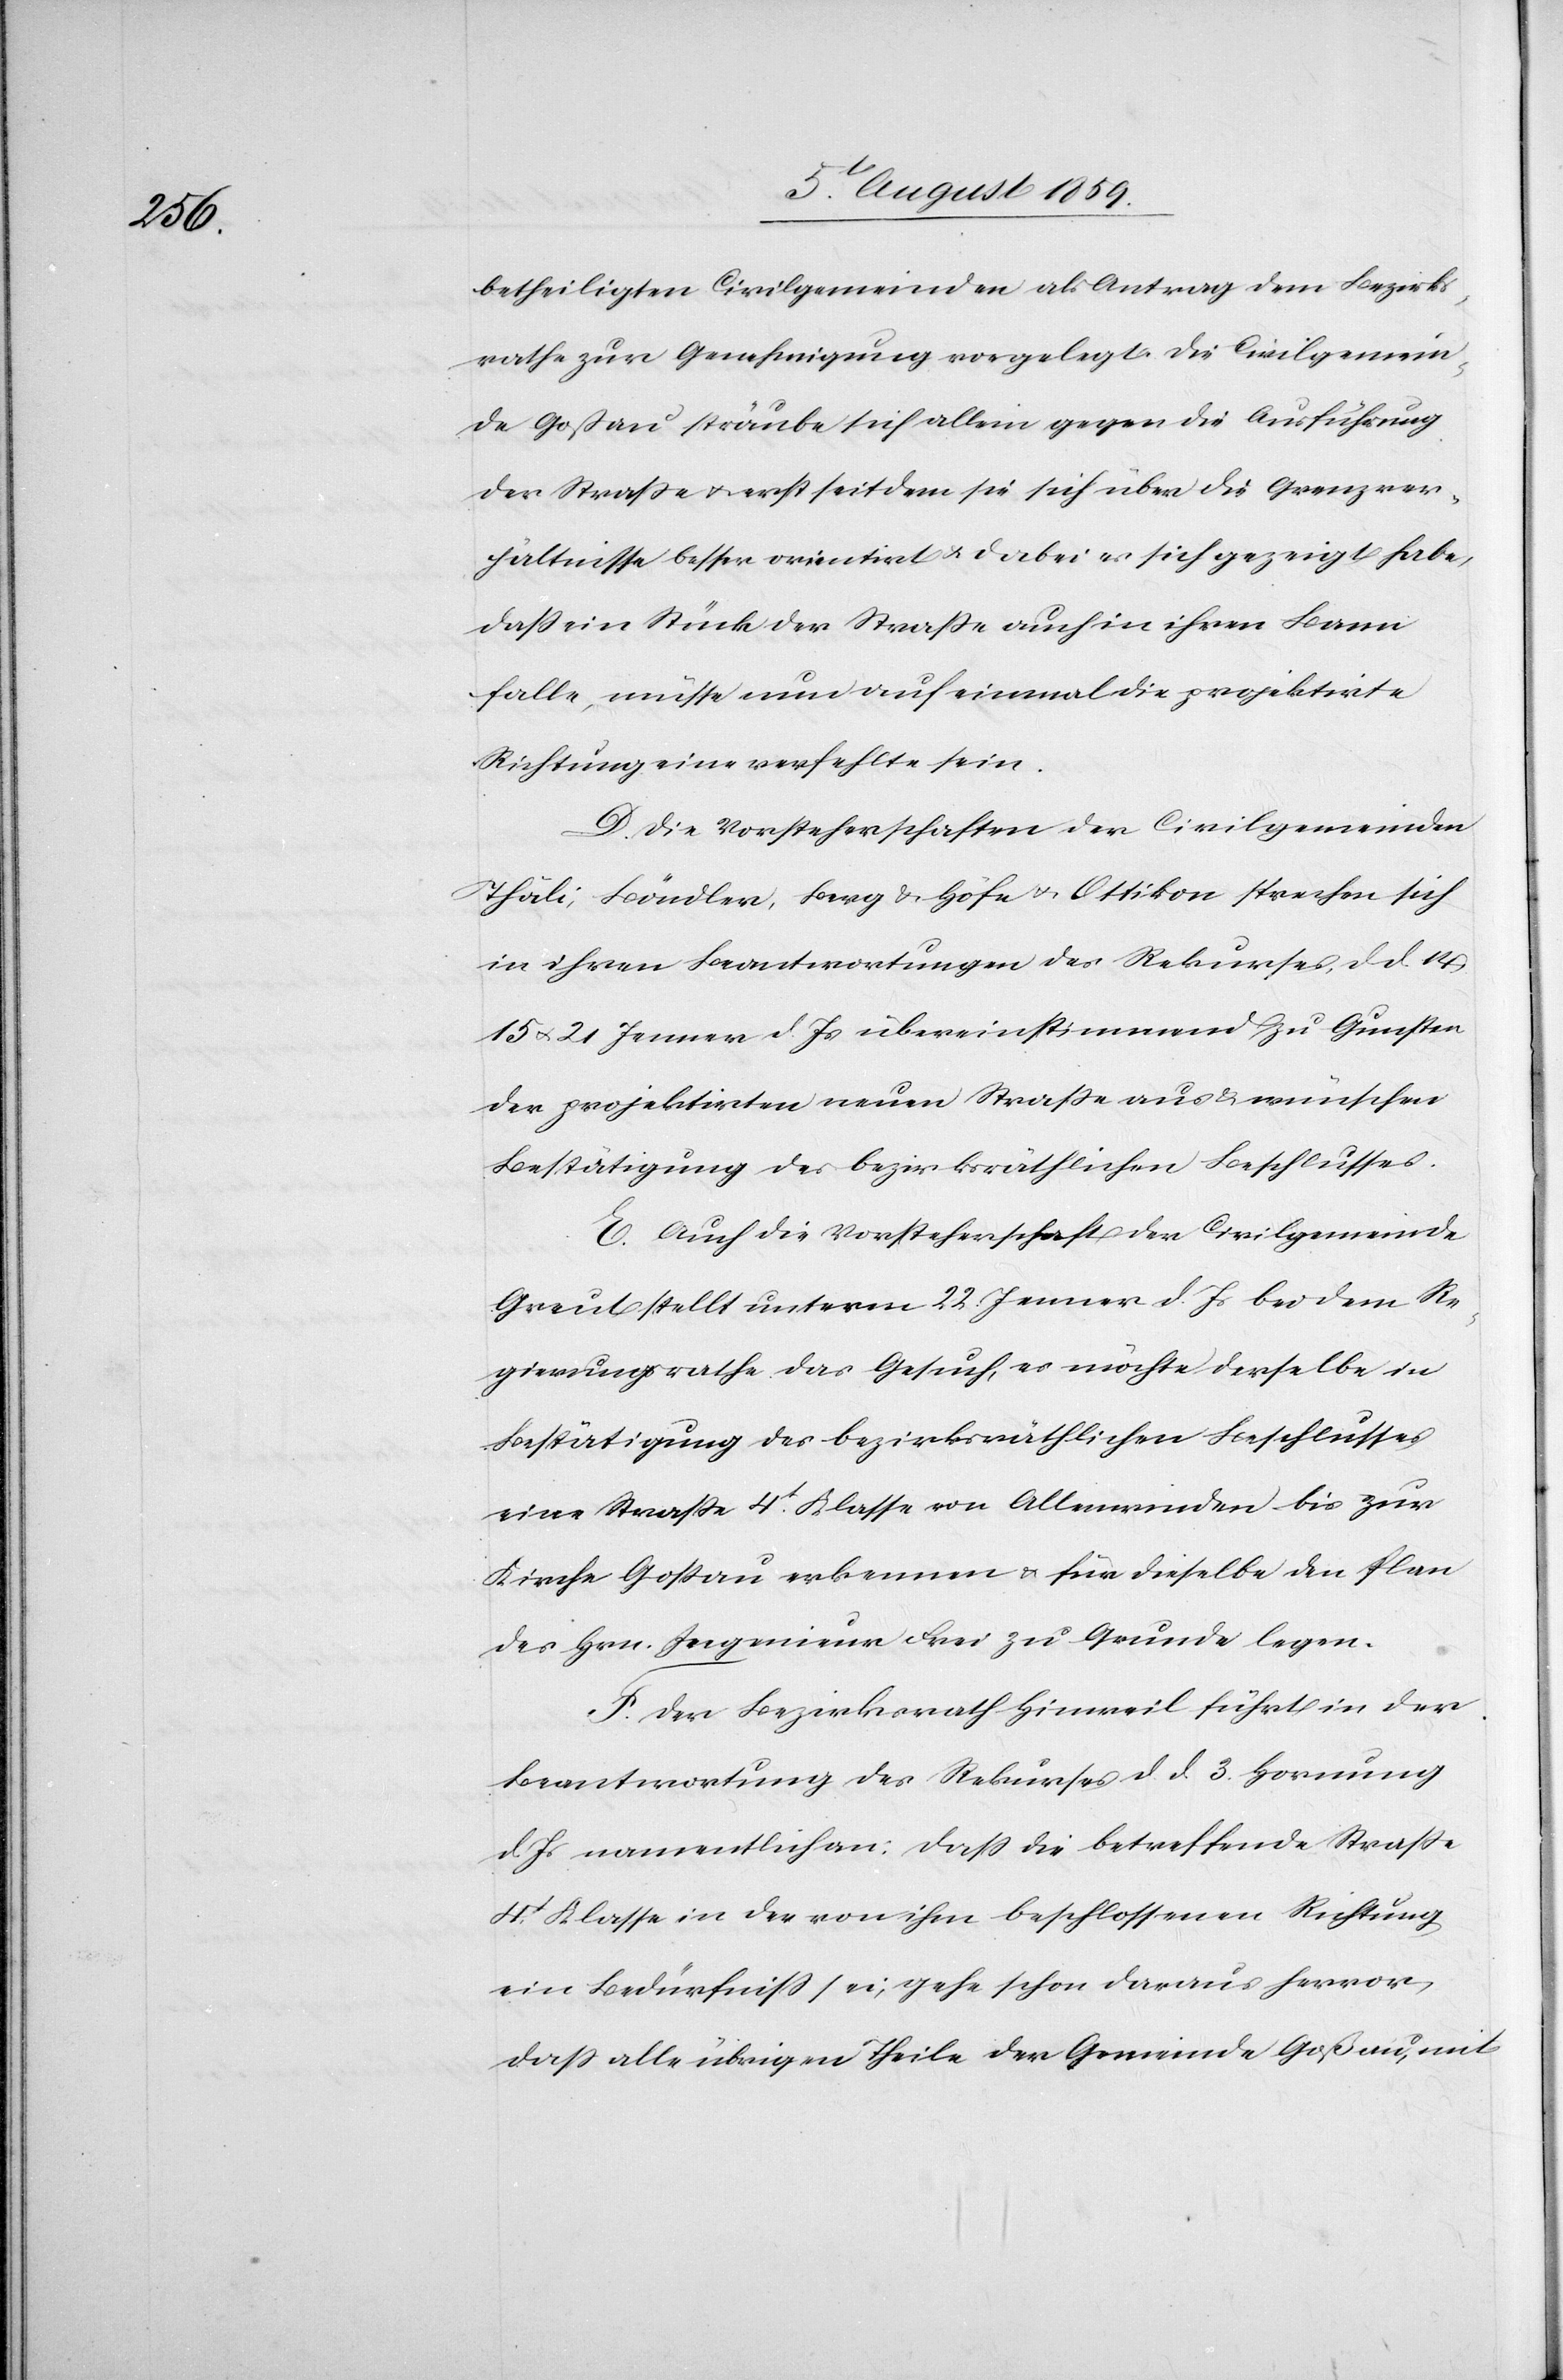
betheiligten Civilgemeinden als Antrag dem Bezirks¬
rathe zur Genehmigung vorgelegt. Die Civilgemein¬
de Goßau sträubte sich allein gegen die Ausführung
der Straße u. erst seitdem sie sich über die Grenzver¬
hältnisse besser orientiert u. dabei es sich gezeigt habe,
daß ein Stück der Straße auch in ihren Bann
falle, müsse nun auf einmal die projektirte
Richtung eine verfehlte sein.
D. Die Vorsteherschaften der Civilgemeinde
Thäli, Böndler, Berg u. Höfe u. Ottikon sprechen sich
in ihren Beantwortungen des Rekurses, d. d. 14,
15 u. 21. Jenner d. Js. übereinstimmend zu Gunsten
der projektirten neuen Straße aus u. wünschen
E. Auch die Vorsteherschaft der Civilgemeinde
Greut stellt unterm 22. Jenner d. Js. bei dem Re¬
gierungsrathe das Gesuch, es möchte derselbe in
Bestätigung des bezirksräthlichen Beschlusses
eine Straße 4t. Klasse von Allenwinden bis zur
Kirche Goßau erkennen u. für dieselbe den Plan
des Hrn. Ingenieur Frei zu Grunde legen.
F. Der Bezirksrath Hinweil führt in der
Beantwortung des Rekurses d. d. 3. Hornung
d. Js. namentlich an: daß die betreffend Straße
4t. Klasse in der von ihm beschlossenen Richtung
ein Bedürfniß sei, gehe schon daraus hervor,
daß alle übrigen Theile der Gemeinde Goßau, mit